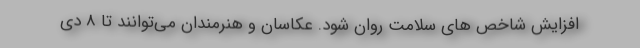
افزایش شاخص های سلامت روان شود. عکاسان و هنرمندان می‌توانند تا 8 دی